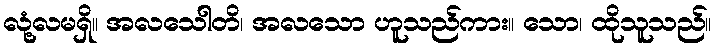
လုံ့လမရှိ။ အလသေါတိ၊ အလသော ဟူသည်ကား။ သော၊ ထိုသူသည်။